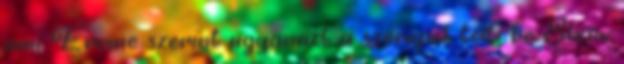
ami Ervine szerint ugyanazt a szerepet tölti be Shaw